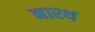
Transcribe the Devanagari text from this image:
नारथ